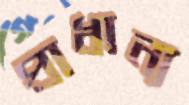
প্রাধান্য